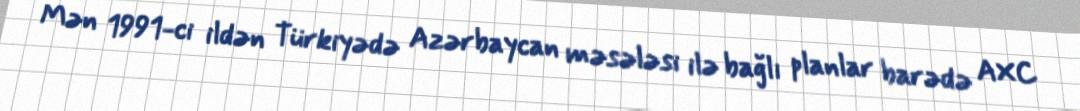
Mən 1991-ci ildən Türkiyədə Azərbaycan məsələsi ilə bağlı planlar barədə AXC